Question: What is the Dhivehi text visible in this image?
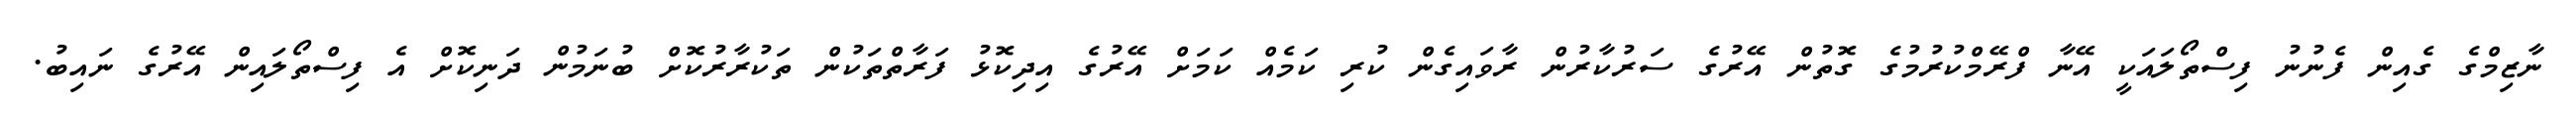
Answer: ނާޒިމްގެ ގެއިން ފެނުނު ފިސްތޯލައަކީ އޭނާ ފްރޭމްކުރުމުގެ ގޮތުން އޭރުގެ ސަރުކާރުން ރާވައިގެން ކުރި ކަމެއް ކަމަށް އޭރުގެ އިދިކޮޅު ފަރާތްތަކުން ތަކުރާރުކޮށް ބުނަމުން ދަނިކޮށް އެ ފިސްތޯލައިން އޭރުގެ ނައިބު.